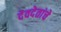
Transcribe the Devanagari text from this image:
देवदेतांचे